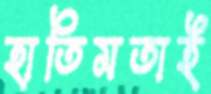
হাতিমতাই